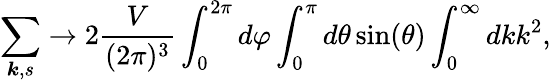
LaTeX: \sum_{{\boldsymbol{k}},s}\to 2\frac{V}{(2\pi)^{3}}\int_{0}^{2\pi}d\varphi\int_{0}^{\pi}d\theta\sin(\theta)\int_{0}^{\infty}dkk^{2},